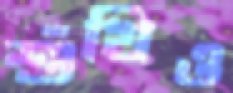
শুঁখিও